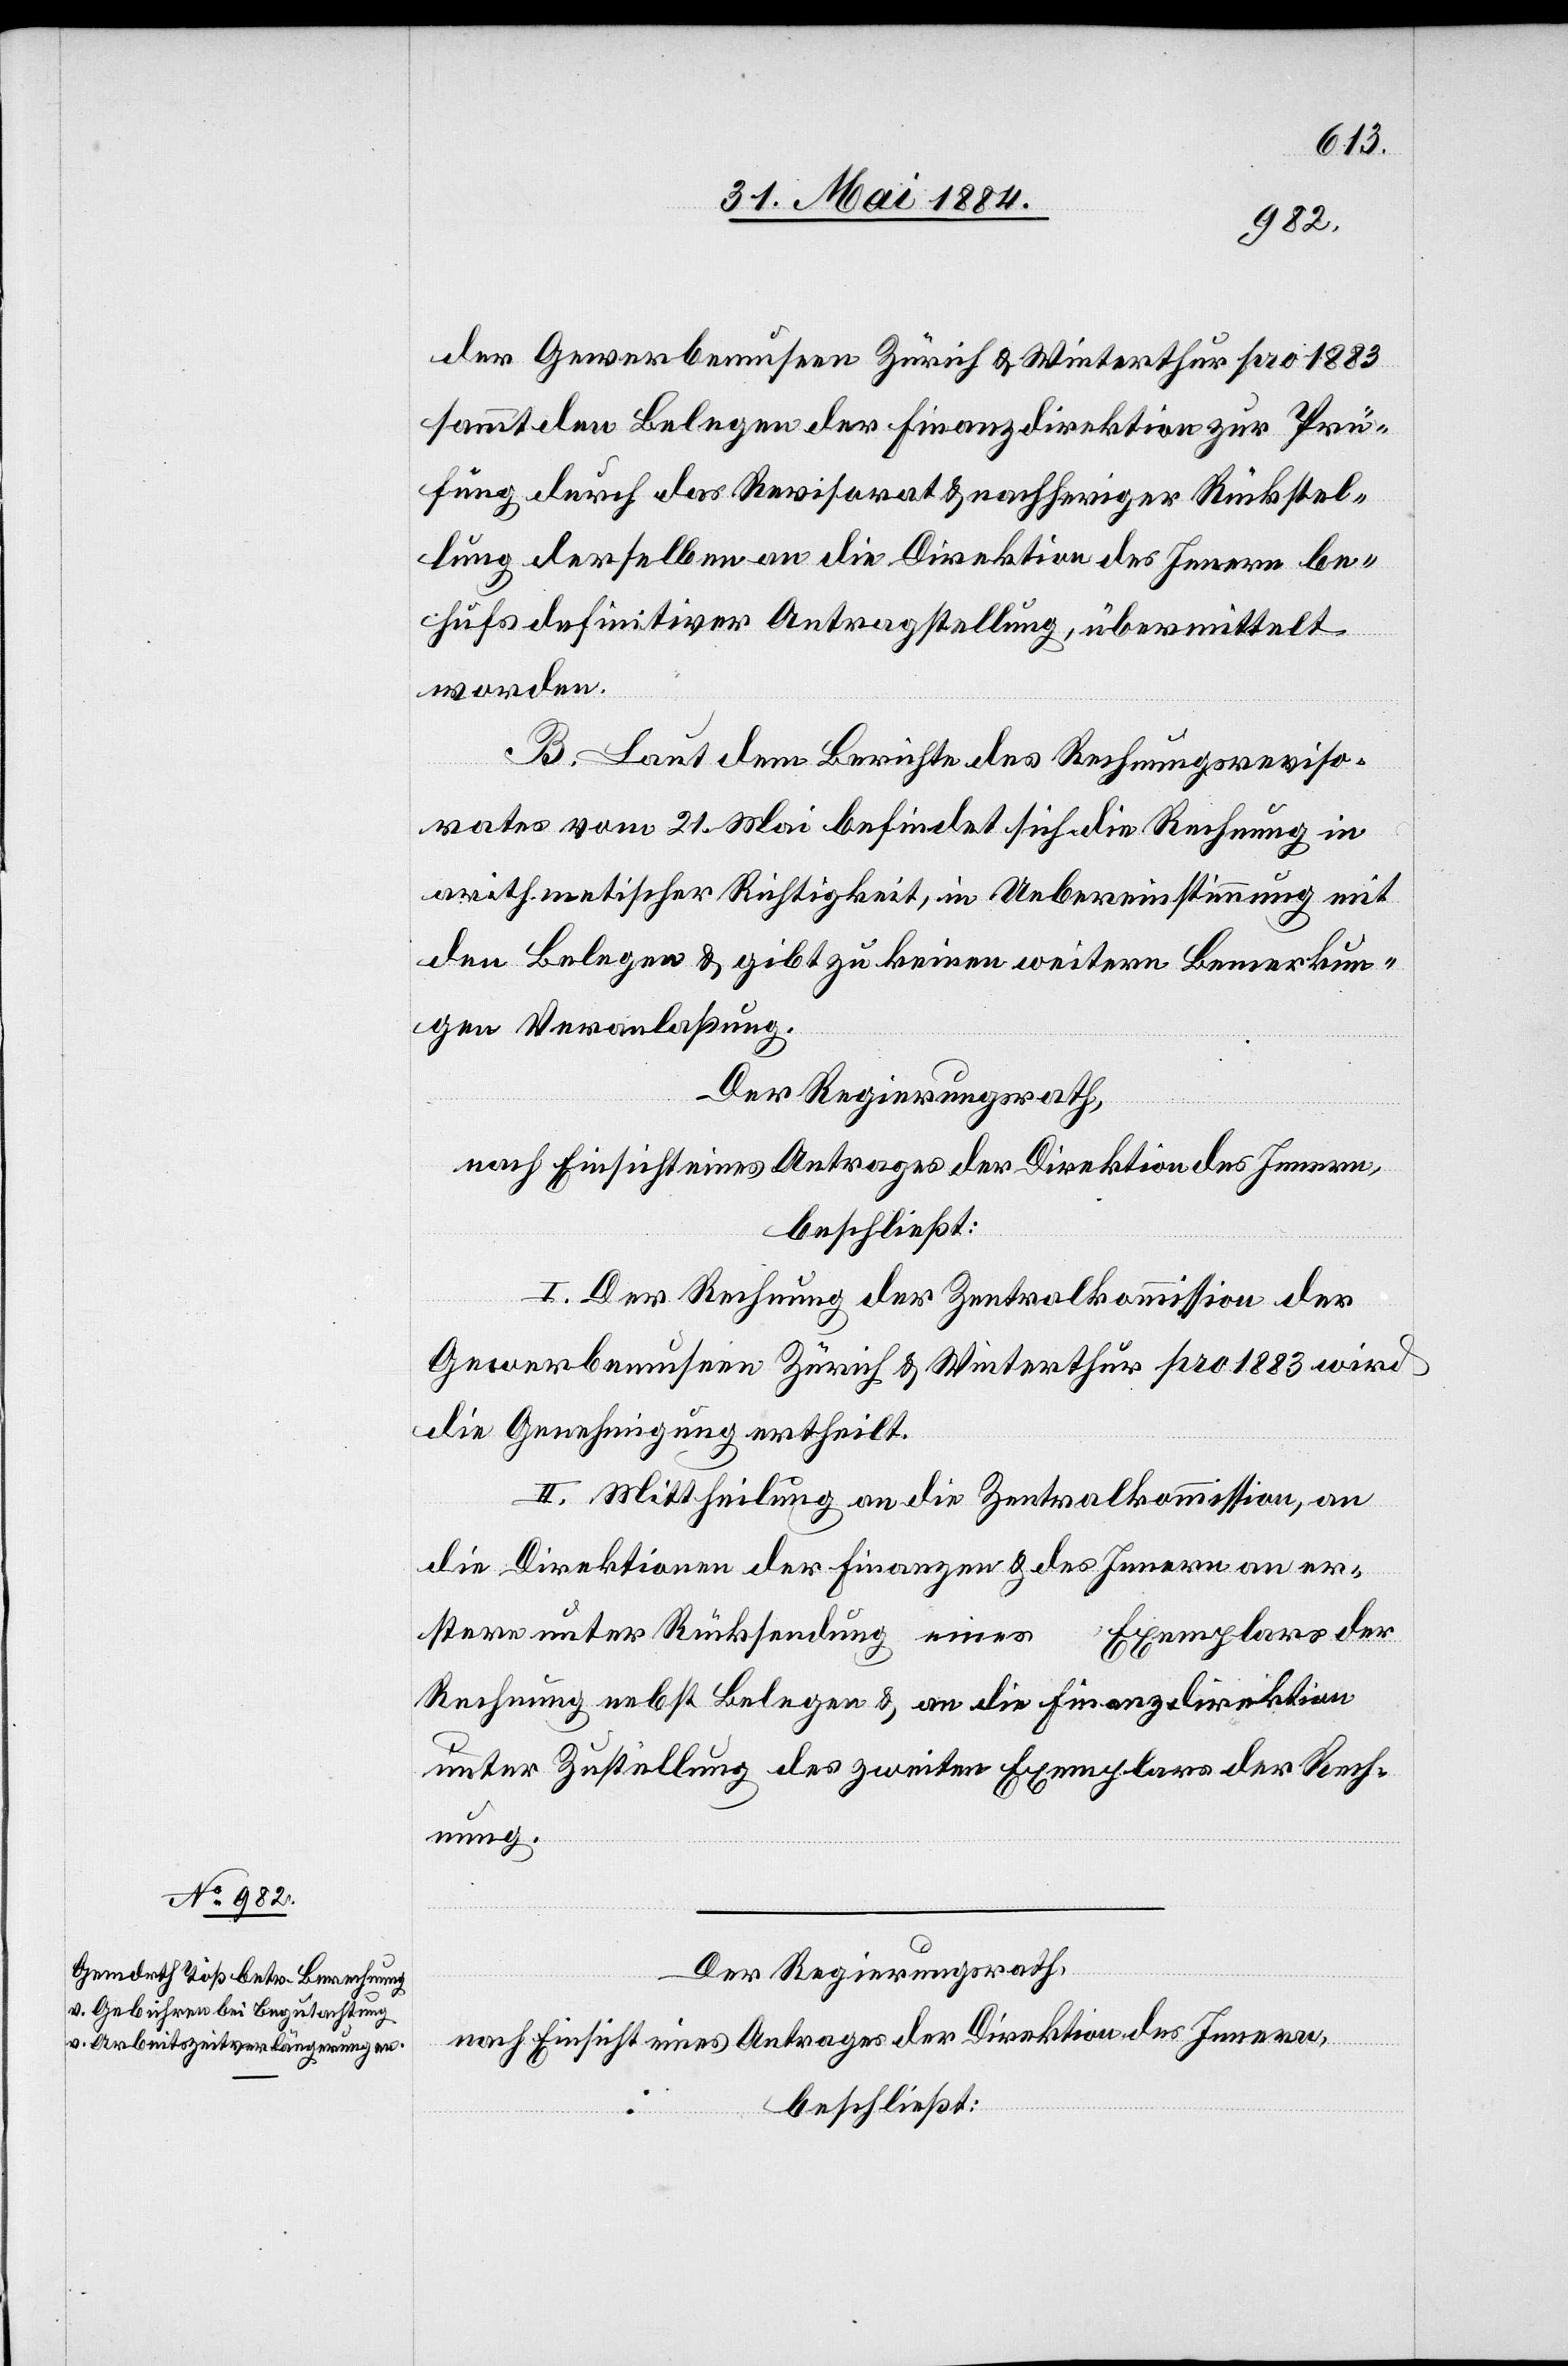
der Gewerbemuseen Zürich & Winterthur pro 1883
sammt den Belegen der Finanzdirektion zur Prü¬
fung durch das Revisorat & nachheriger Rückstel¬
lung derselben an die Direktion des Innern be¬
hufs definitiver Antragstellung, übermittelt
worden.
B. Laut dem Berichte des Rechnungsreviso¬
rates vom 21. Mai befindet sich die Rechnung in
arithmetischer Richtigkeit, in Uebereinstimmung mit
den Belegen & gibt zu keinen weitern Bemerkun¬
gen Veranlaßung.
Der Regierungsrath,
nach Einsicht eines Antrages der Direktion des Innern,
beschließt:
I. Der Rechnung der Zentralkommission der
Gewerbemuseen Zürich & Winterthur pro 1883 wird
die Genehmigung ertheilt.
II. Mittheilung an die Zentralkommission, an
die Direktion der Finanzen & des Innern an er¬
stere unter Rücksendung eines Exemplares der
Rechnung nebst Belegen & an die Finanzdirektion
unter Zustellung des zweiten Exemplares der Rech¬
nung.
Der Regierungsrath,
nach Einsicht eines Antrages der Direktion des Innern,
beschließt: